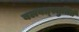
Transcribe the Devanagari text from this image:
बलवत्स्तुतिते